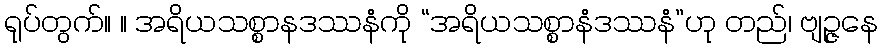
ရုပ်တွက်။ ။ အရိယသစ္စာနဒဿနံကို “အရိယသစ္စာနံဒဿနံ”ဟု တည်၊ ဗျဉ္ဇနေ